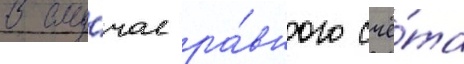
В слу́чае ра́вного счё́та